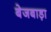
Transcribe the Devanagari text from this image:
बेजबाड़ा